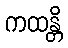
ကထန္တိ